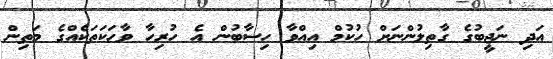
އަދި ނަޖީބުގެ ގާތިލުންނަށް ހުކުމް އިއްވާ ހިސާބުން އެ ހުރިހާ ވާހަކަތަކެއްގެ މަތިން